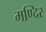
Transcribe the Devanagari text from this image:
मण्दिर